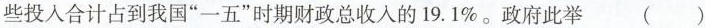
些投入合计占到我国“一五”时期财政总收入的 19.1%。政府此举（ ）